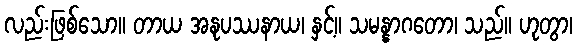
လည်းဖြစ်သော။ တာယ အနုပဿနာယ၊ နှင့်။ သမန္နာဂတော၊ သည်။ ဟုတွာ၊